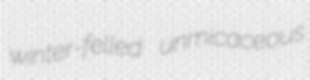
winter-felled unmicaceous